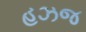
હઝજ